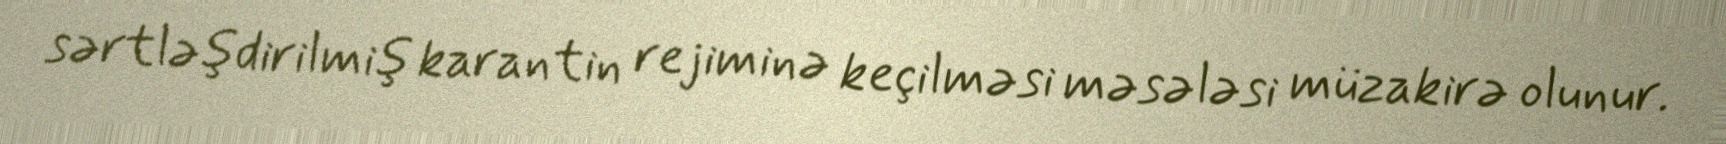
sərtləşdirilmiş karantin rejiminə keçilməsi məsələsi müzakirə olunur.